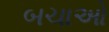
બચાઓ